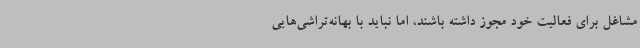
مشاغل برای فعالیت خود مجوز داشته باشند، اما نباید با بهانه‌تراشی‌هایی